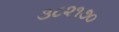
૩૮૨૧૭૦